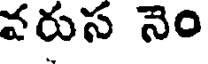
వరుస నెం